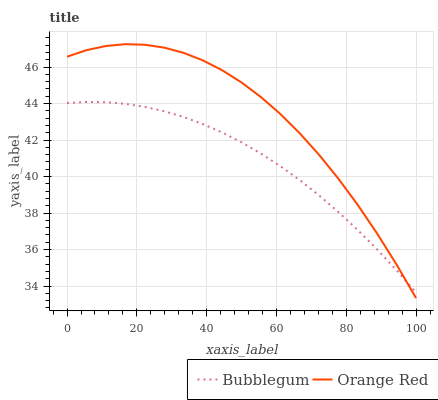
| xaxis_label | Bubblegum | Orange Red |
 | --- | --- | --- |
 | 0 | 44 | 46.6 |
 | 5.56 | 44.1 | 46.9 |
 | 11.1 | 44.1 | 47.2 |
 | 16.7 | 44 | 47.3 |
 | 22.2 | 43.8 | 47.2 |
 | 27.8 | 43.6 | 47.1 |
 | 33.3 | 43.3 | 46.8 |
 | 38.9 | 42.9 | 46.4 |
 | 44.4 | 42.4 | 45.8 |
 | 50 | 41.9 | 45.2 |
 | 55.6 | 41.3 | 44.4 |
 | 61.1 | 40.6 | 43.4 |
 | 66.7 | 39.8 | 42.4 |
 | 72.2 | 39 | 41.2 |
 | 77.8 | 38.1 | 39.9 |
 | 83.3 | 37.1 | 38.4 |
 | 88.9 | 36 | 36.9 |
 | 94.4 | 34.9 | 35.2 |
 | 100 | 33.6 | 33.3 |